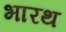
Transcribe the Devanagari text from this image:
भारथ